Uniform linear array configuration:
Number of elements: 4
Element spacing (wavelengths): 0.75
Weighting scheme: uniform
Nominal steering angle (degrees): -15
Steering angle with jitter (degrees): -16.461
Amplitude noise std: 0.05
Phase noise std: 0.05

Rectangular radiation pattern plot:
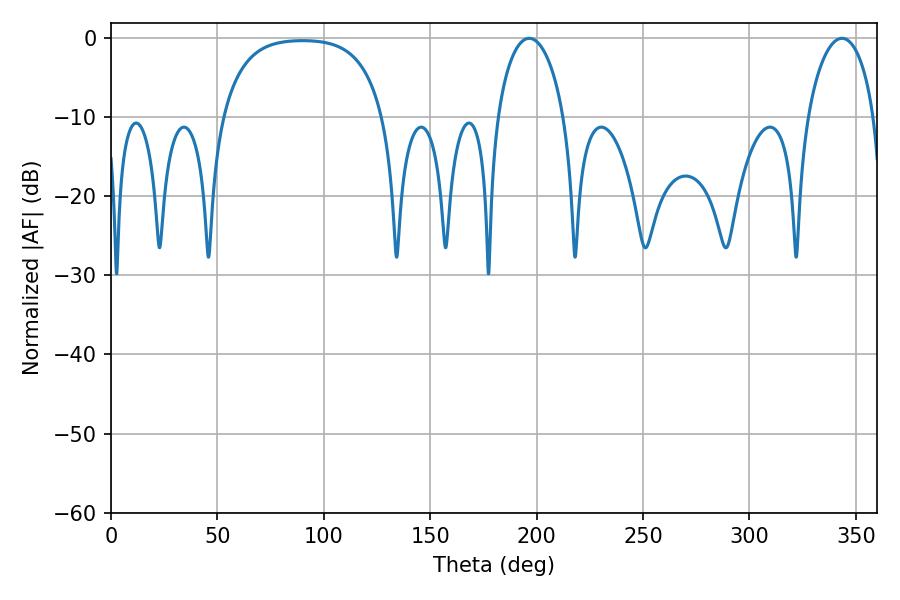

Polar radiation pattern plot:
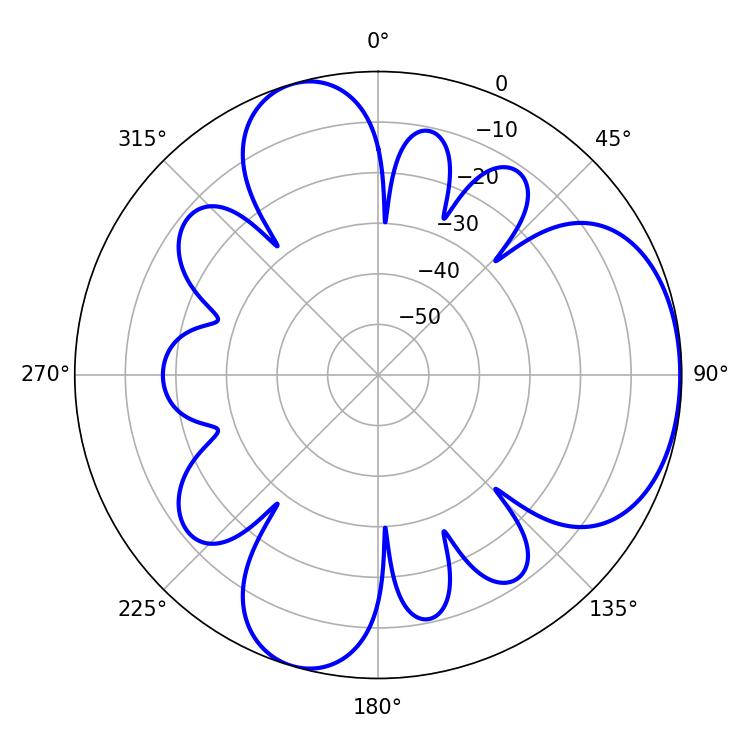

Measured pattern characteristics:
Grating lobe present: TRUE
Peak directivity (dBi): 5.143
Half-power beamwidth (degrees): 18
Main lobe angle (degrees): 196.56